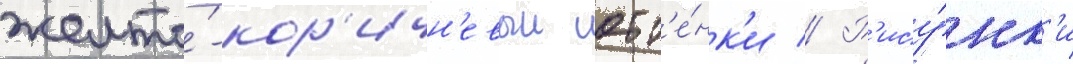
желто́-кор'ичн'евыи отт'е́нк'и // Р'ису́нк'и